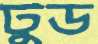
টুড